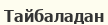
Тайбаладан